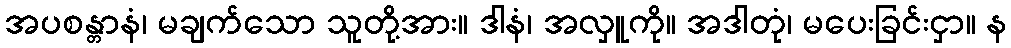
အပစန္တာနံ၊ မချက်သော သူတို့အား။ ဒါနံ၊ အလှူကို။ အဒါတုံ၊ မပေးခြင်းငှာ။ န